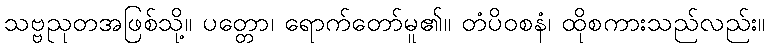
သဗ္ဗညုတအဖြစ်သို့။ ပတ္တော၊ ရောက်တော်မူ၏။ တံပိဝစနံ၊ ထိုစကားသည်လည်း။